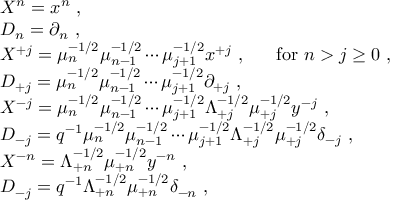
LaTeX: \begin{array} { l } { { { \cal X } ^ { n } = x ^ { n } ~ , } } \\ { { { \cal D } _ { n } = \partial _ { n } ~ , } } \\ { { { \cal X } ^ { + j } = \mu _ { n } ^ { - 1 / 2 } \mu _ { n - 1 } ^ { - 1 / 2 } \cdots \mu _ { j + 1 } ^ { - 1 / 2 } x ^ { + j } ~ , ~ ~ ~ ~ ~ \mathrm { f o r } ~ n > j \geq 0 ~ , } } \\ { { { \cal D } _ { + j } = \mu _ { n } ^ { - 1 / 2 } \mu _ { n - 1 } ^ { - 1 / 2 } \cdots \mu _ { j + 1 } ^ { - 1 / 2 } \partial _ { + j } ~ , } } \\ { { { \cal X } ^ { - j } = \mu _ { n } ^ { - 1 / 2 } \mu _ { n - 1 } ^ { - 1 / 2 } \cdots \mu _ { j + 1 } ^ { - 1 / 2 } \Lambda _ { + j } ^ { - 1 / 2 } \mu _ { + j } ^ { - 1 / 2 } y ^ { - j } ~ , } } \\ { { { \cal D } _ { - j } = q ^ { - 1 } \mu _ { n } ^ { - 1 / 2 } \mu _ { n - 1 } ^ { - 1 / 2 } \cdots \mu _ { j + 1 } ^ { - 1 / 2 } \Lambda _ { + j } ^ { - 1 / 2 } \mu _ { + j } ^ { - 1 / 2 } \delta _ { - j } ~ , } } \\ { { { \cal X } ^ { - n } = \Lambda _ { + n } ^ { - 1 / 2 } \mu _ { + n } ^ { - 1 / 2 } y ^ { - n } ~ , } } \\ { { { \cal D } _ { - j } = q ^ { - 1 } \Lambda _ { + n } ^ { - 1 / 2 } \mu _ { + n } ^ { - 1 / 2 } \delta _ { - n } ~ , } } \end{array}